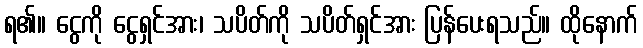
ရ၏။ ငွေကို ငွေရှင်အား၊ သပိတ်ကို သပိတ်ရှင်အား ပြန်ပေးရသည်။ ထိုနောက်